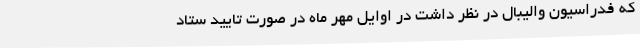
که فدراسیون والیبال در نظر داشت در اوایل مهر ماه در صورت تایید ستاد